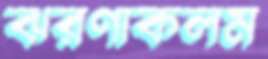
ঝরণাকলম